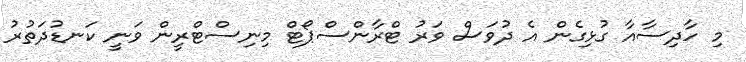
މި ހާދިސާއާ ގުޅިގެން އެ ދުވަސް ވަރު ޓްރާންސްޕޯޓް މިނިސްޓްރީން ވަނީ ކަނޑުދަތުރު